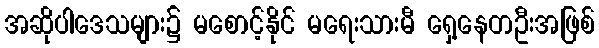
အဆိုပါဒေသများ၌ မစောင့်နိုင် မရေးသားမီ ရှေ့နေတဦးအဖြစ်